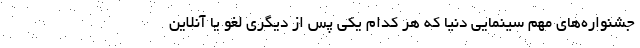
جشنواره‌های مهم سینمایی دنیا که هر کدام یکی پس از دیگری لغو یا آنلاین